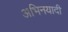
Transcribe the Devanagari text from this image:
अभिनयादी